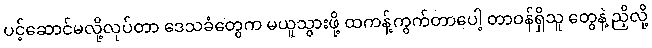
ပင့်ဆောင်မလို့လုပ်တာ ဒေသခံတွေက မယူသွားဖို့ ထကန့်ကွက်တာပေါ့ တာဝန်ရှိသူ တွေနဲ့ ညှိလို့